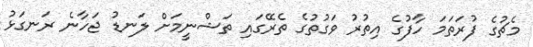
މެޗުގެ ފުރަތަމަ ހާފުގެ އިތުރު ވަގުތުގެ ތެރޭގައި ތަޝްނީމަށް ލަނޑު ޖަހާނެ ރަނގަޅު